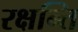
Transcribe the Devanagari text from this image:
रक्षन्ति